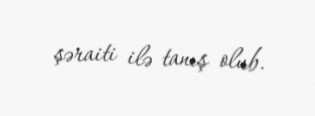
şəraiti ilə tanış olub.